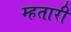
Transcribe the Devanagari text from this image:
म्हतारी